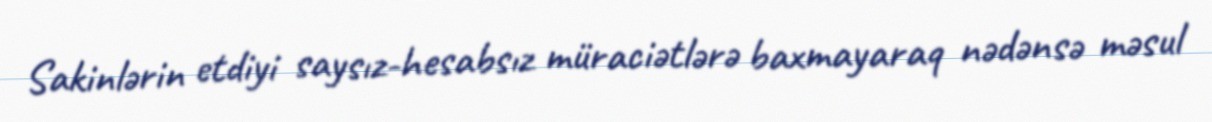
Sakinlərin etdiyi saysız-hesabsız müraciətlərə baxmayaraq nədənsə məsul